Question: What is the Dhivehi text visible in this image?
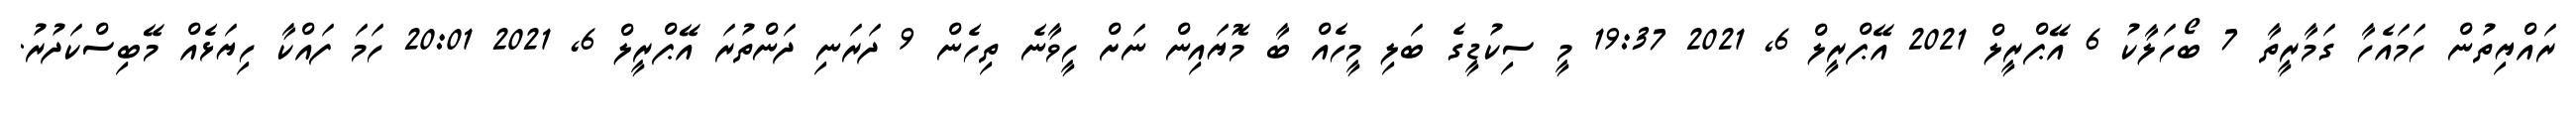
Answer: ރައްޔިތުން ހަމައެހާ ގަމާރީތާ 7 ބޯހަލާކު 6 އޭޕްރީލް 2021 އޭޕްރީލް 6, 2021 19:37 މީ ސިކުޑީގެ ބަލި މީހެއް ބާ މޮޔައިން ނަށް ހީވާނެ ތިހެން 9 ދަރަނި ދަންތުރަ އޭޕްރީލް 6, 2021 20:01 ހަމަ ފައްކާ ހިޔަޅެއް މޭބިސްކަދުރު.